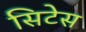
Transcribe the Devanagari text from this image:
सिटेस